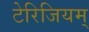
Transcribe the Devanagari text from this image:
टेरिजियम्